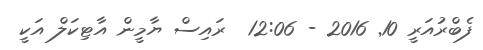
ފެބްރުއަރީ 10